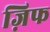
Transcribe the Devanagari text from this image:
ज़िफ